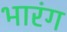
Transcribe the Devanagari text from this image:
भारंग